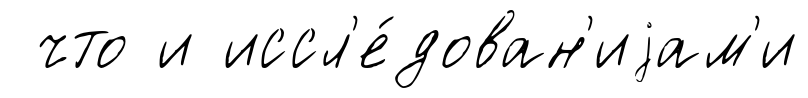
что и иссл'е́дован'иjам'и